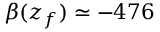
\beta ( z _ { f } ) \simeq - 4 7 6